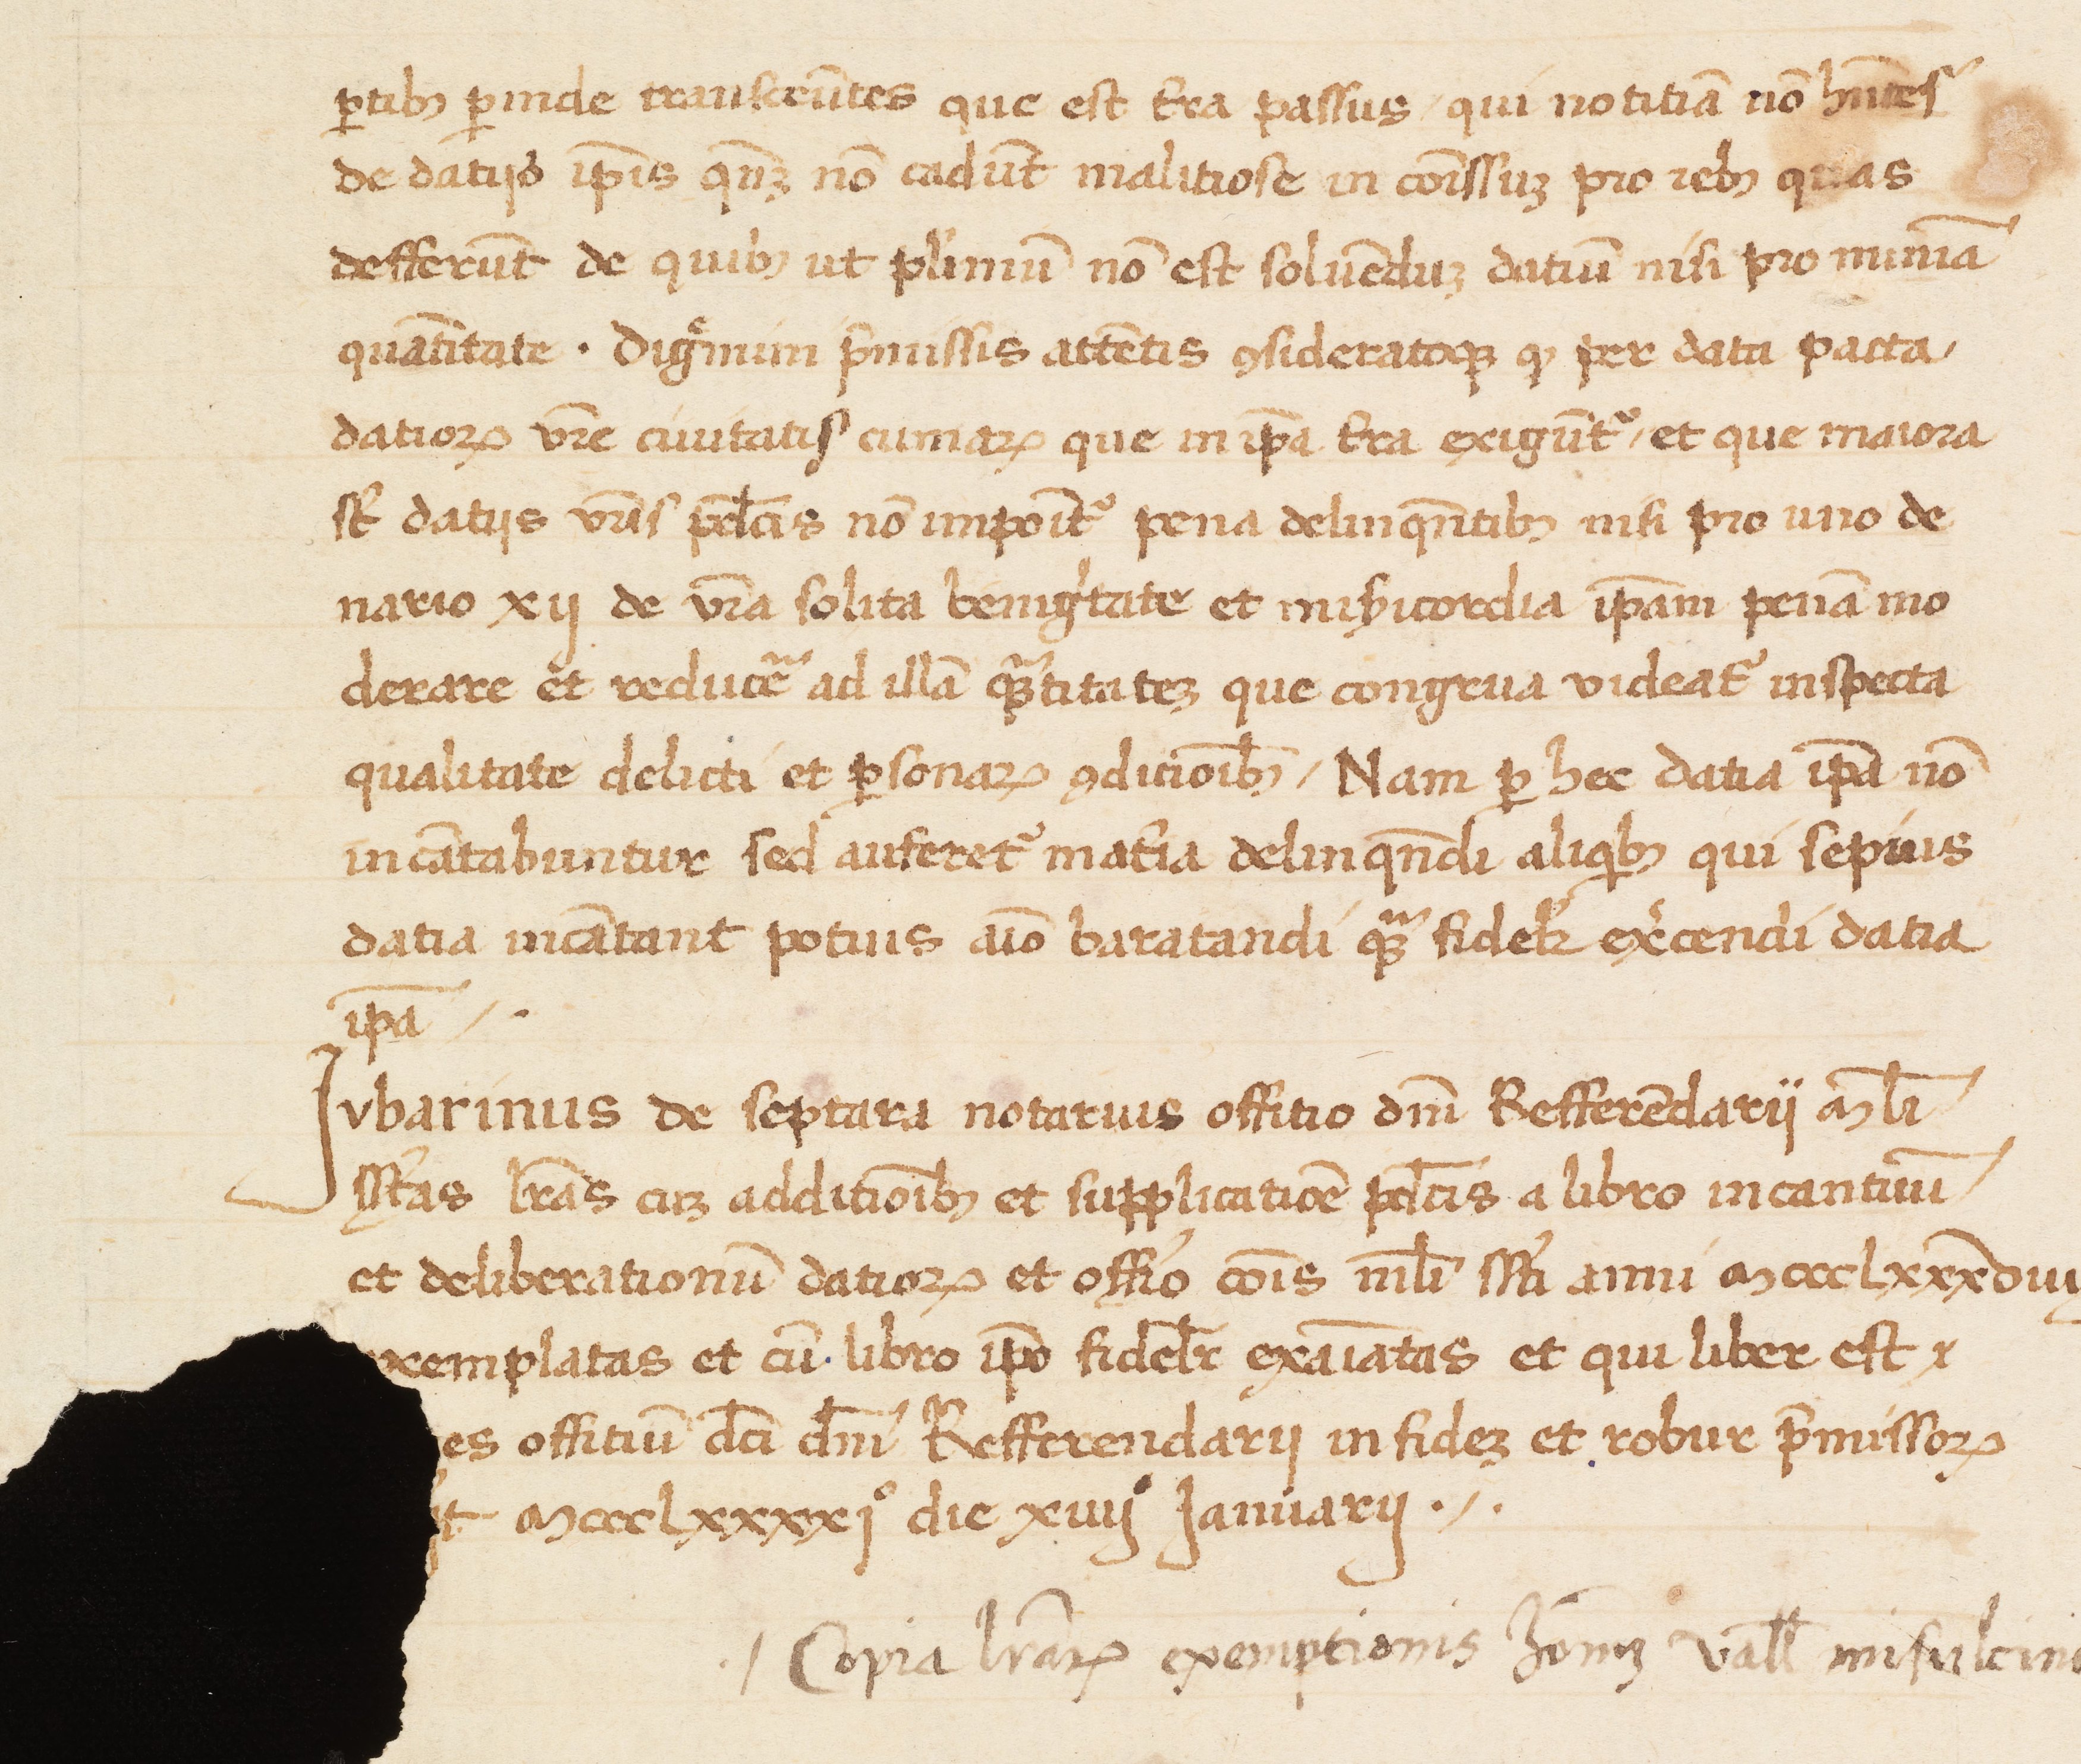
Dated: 1400–1499